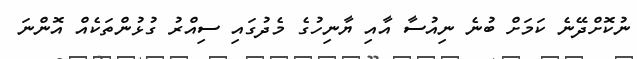
ނުކޮށްދޭނެ ކަމަށް ބުނެ ނިއުސާ އާއި ޔާނިހުގެ މެދުގައި ސިއްރު ގުޅުންތަކެއް އޮންނަ